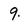
Character: 9